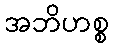
အဘိဟစ္စ